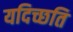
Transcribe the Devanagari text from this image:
यदिच्छति